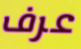
عرف